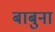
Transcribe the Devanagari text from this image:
बाबुना